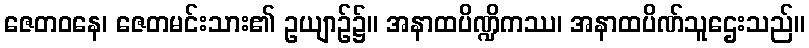
ဇေတဝနေ၊ ဇေတမင်းသား၏ ဥယျာဉ်၌။ အနာထပိဏ္ဍိကဿ၊ အနာထပိဏ်သူဌေးသည်။